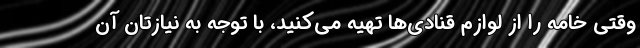
وقتی خامه را از لوازم قنادی‌ها تهیه می‌کنید، با توجه به نیازتان آن